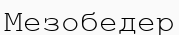
Мезобедер